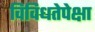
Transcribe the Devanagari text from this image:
विविधतेपेक्षा